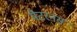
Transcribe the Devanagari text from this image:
मैटरनस